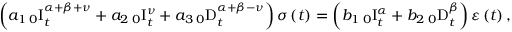
\left( a _ { 1 } \, _ { 0 } \mathrm { I } _ { t } ^ { \alpha + \beta + \nu } + a _ { 2 } \, _ { 0 } \mathrm { I } _ { t } ^ { \nu } + a _ { 3 } \, _ { 0 } \mathrm { D } _ { t } ^ { \alpha + \beta - \nu } \right) \sigma \left( t \right) = \left( b _ { 1 } \, _ { 0 } \mathrm { I } _ { t } ^ { \alpha } + b _ { 2 } \, _ { 0 } \mathrm { D } _ { t } ^ { \beta } \right) \varepsilon \left( t \right) ,